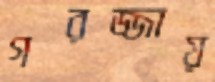
গরজ্জায়